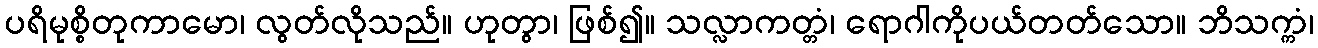
ပရိမုစ္စိတုကာမော၊ လွတ်လိုသည်။ ဟုတွာ၊ ဖြစ်၍။ သလ္လာကတ္တံ၊ ရောဂါကိုပယ်တတ်သော။ ဘိသက္ကံ၊